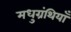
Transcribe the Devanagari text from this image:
मधुग्रंथियाँ